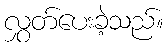
လွှတ်ပေးခဲ့သည်။